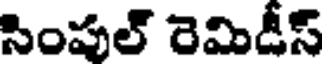
సింపుల్ రెమిడీస్